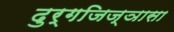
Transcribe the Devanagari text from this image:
दुर्गजिज्ञासा